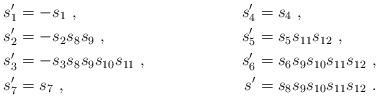
LaTeX: \begin{align*} s_1'&=-s_1~,~~ & s_4'&=s_4\ , \\ s_2'&=-s_2s_8s_9~,~~ & s_5'&=s_5s_{11}s_{12} \ , \\ s_3'&=-s_3s_8s_9s_{10}s_{11}~,~~ & s_6'&=s_6s_9s_{10}s_{11}s_{12} \ , \\ s_7'&=s_7~,~~ &s'&=s_8s_9s_{10}s_{11}s_{12} \ .\end{align*}